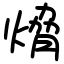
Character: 熁